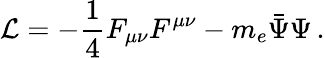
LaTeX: {\cal L}=-\frac 14F_{\mu\nu}F^{\mu\nu}-m_{e}\bar{\Psi}\Psi\, .